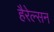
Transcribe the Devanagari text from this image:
हैरेल्सन